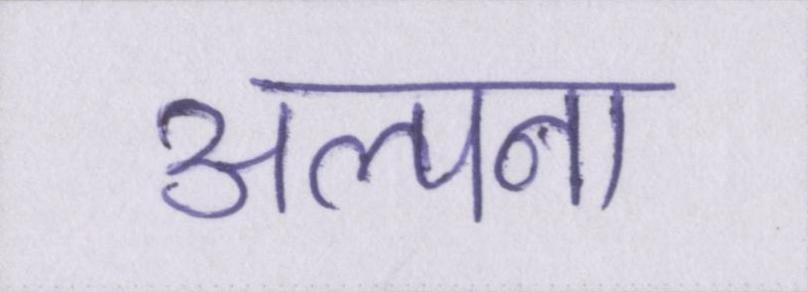
अल्पना